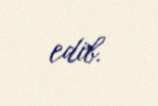
edib.